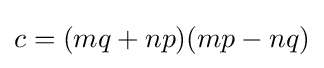
c=(mq+np)(mp-nq)